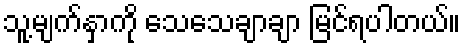
သူ့မျက်နှာကို သေသေချာချာ မြင်ရပါတယ်။